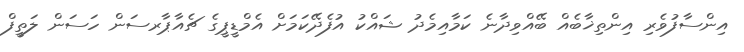
އިންސާފުވެރި އިންތިޚާބެއް ބޭއްވިދާނެ ކަމާއިމެދު ޝައްކު އުފެދޭކަމަށް އެމްޑީޕީގެ ޗެއާޕާރސަން ހަސަން ލަތީފް